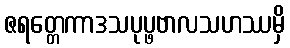
ဇရတ္တေကာဒသပုပ္ဖဗာလသဟဿမှိ